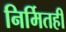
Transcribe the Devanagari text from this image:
निर्मितही